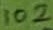
Text: 102